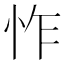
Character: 怍